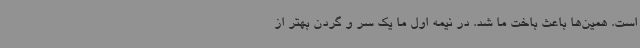
است. همین‌ها باعث باخت ما شد. در نیمه اول ما یک سر و گردن بهتر از